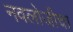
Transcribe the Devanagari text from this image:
नवलोजीचा